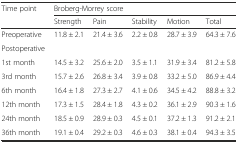
| <ROWSPAN=2> Time point | <COLSPAN=5> Broberg-Morrey score |
 | Strength | Pain | Stability | Motion | Total |
 | --- | --- | --- | --- | --- | --- |
 | Preoperative | 11.8 ± 2.1 | 21.4 ± 3.6 | 2.2 ± 0.8 | 28.7 ± 3.9 | 64.3 ± 7.6 |
 | Postoperative |  |  |  |  |  |
 | 1st month | 14.5 ± 3.2 | 25.6 ± 2.0 | 3.5 ± 1.1 | 31.9 ± 3.4 | 81.2 ± 5.8 |
 | 3rd month | 15.7 ± 2.6 | 26.8 ± 3.4 | 3.9 ± 0.8 | 33.2 ± 5.0 | 86.9 ± 4.4 |
 | 6th month | 16.4 ± 1.8 | 27.3 ± 2.7 | 4.1 ± 0.6 | 34.5 ± 4.2 | 88.8 ± 3.2 |
 | 12th month | 17.3 ± 1.5 | 28.4 ± 1.8 | 4.3 ± 0.2 | 36.1 ± 2.9 | 90.3 ± 1.6 |
 | 24th month | 18.5 ± 0.9 | 28.9 ± 0.3 | 4.5 ± 0.1 | 37.2 ± 1.3 | 91.2 ± 2.1 |
 | 36th month | 19.1 ± 0.4 | 29.2 ± 0.3 | 4.6 ± 0.3 | 38.1 ± 0.4 | 94.3 ± 3.5 |